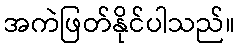
အကဲဖြတ်နိုင်ပါသည်။